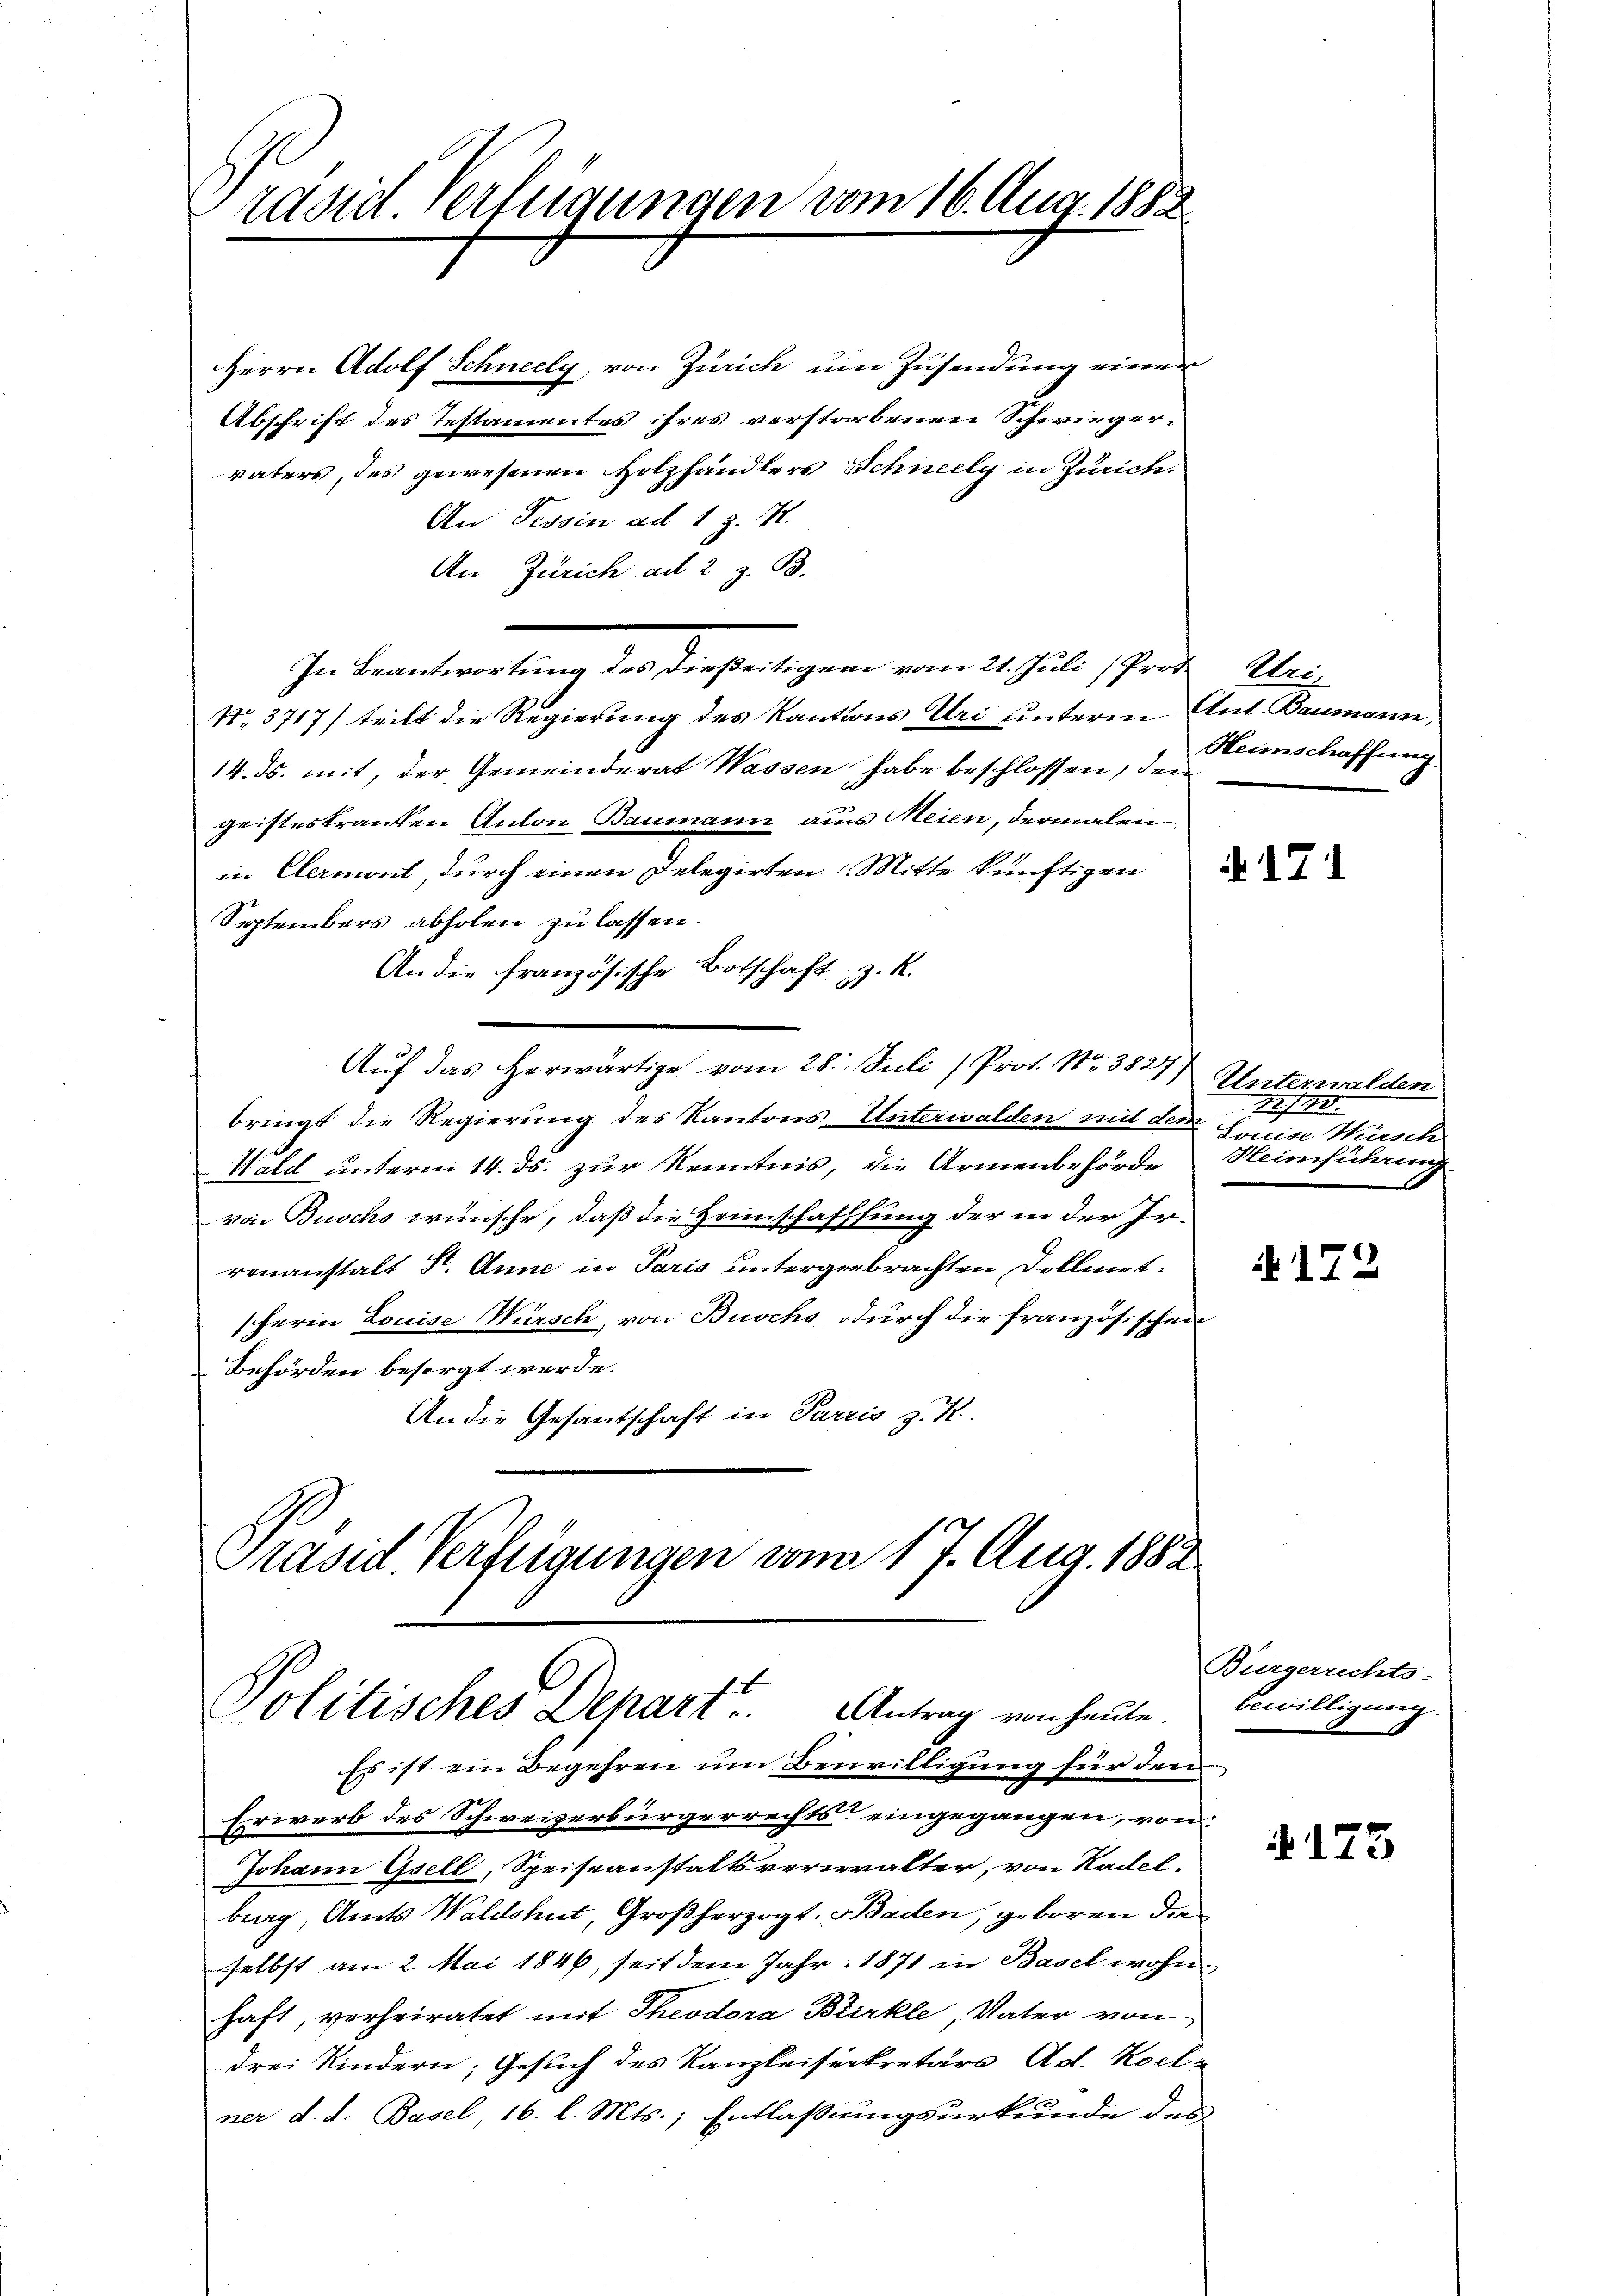
Präsidl Verfügungen vom 16. Aug. 1883.

Herrn Adolf Schneely, von Zürich um Zusendung einen
Abschrift des Testamentes ihres verstorbenen Schwiegervaters, des gewesenen Holzhändlers Schneely in Zürich.
An Tessin ad 1 z. B.
An Zürich ad 2 z. B.
In Beantwortung des dießeitigen vom 21. Juli (Prot. Eri
No. 3717) teilt die Regierung des Kantons Uri hinterm Ant. Baumann,
14. ds. mit, der Gemeinderat Wassen habe beschlossen, den
geistestranten Anton Baumann aus Meien, dermalen
in Clermont, durch einen Delegirten Mitte künftigen
Septembers abholen zu lassen.
An die französische Botschaft z. R.
Auf das Herwärtige vom 28. Juli (Prof. No. 382 Unterwalden
bringt die Regierung des Kantons-Unterwalden mit dem
Wald unterm 14. ds. zur Kenntnis, die Armenbehörde
von Buschs wünsche, daß die Heimschaffung der in der Ir-
renanstalt St. Anne in Paris untergebrachten Dollmatsherin Louise Würsch, von Buschs durch die französischen
Behörden besorgt werde.
An die Gesantschaft in Parzis z. R.

Präsid. Verfügungen vom 17. Aug. 1882
Politisches Depart ..  Antrag von heute.
Es ist ein Begehren um Bewilligung für den

Erwerb des Schweizerbürgerrechts eingegangen, von
Johann Gsell, Speiseanstaltsverwalter, von Radel-
burg, Amts Waldshut, Großherzogt. Baden, geboren die
selbst am 2. Mai 1846, seit dem Jahr 1871 in Basel wohnhaft; verheiratet mit Theodora Biirkle, Vater von
drei Kindern, Gesuch des Kanzleisenkretärs Ad. Kochz
ner d. d. Basel, 16. l. Mts.; Entlaßungsurkunde des

Heimschaffung

N 171

|
Louise Wusch
Heimführung

172

Burgerrechts-
bewilligung.

173